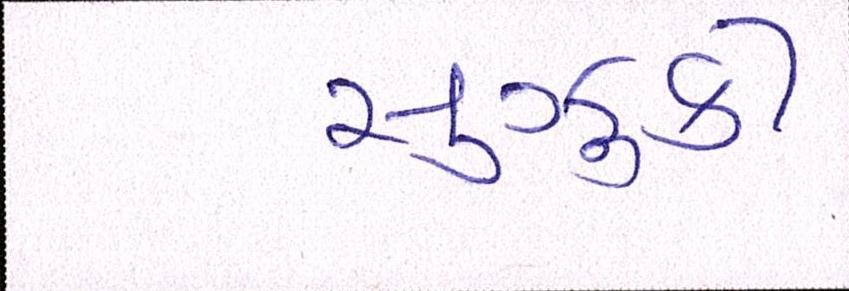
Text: સુઝુકી